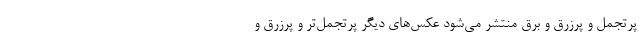
پرتجمل و پرزرق و برق منتشر می‌شود عکس‌های دیگر پرتجمل‌تر و پرزرق و